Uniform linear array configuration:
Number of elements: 32
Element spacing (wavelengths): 0.25
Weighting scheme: blackman
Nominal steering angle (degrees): -45
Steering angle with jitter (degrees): -46.569
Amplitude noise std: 0.05
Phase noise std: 0.05

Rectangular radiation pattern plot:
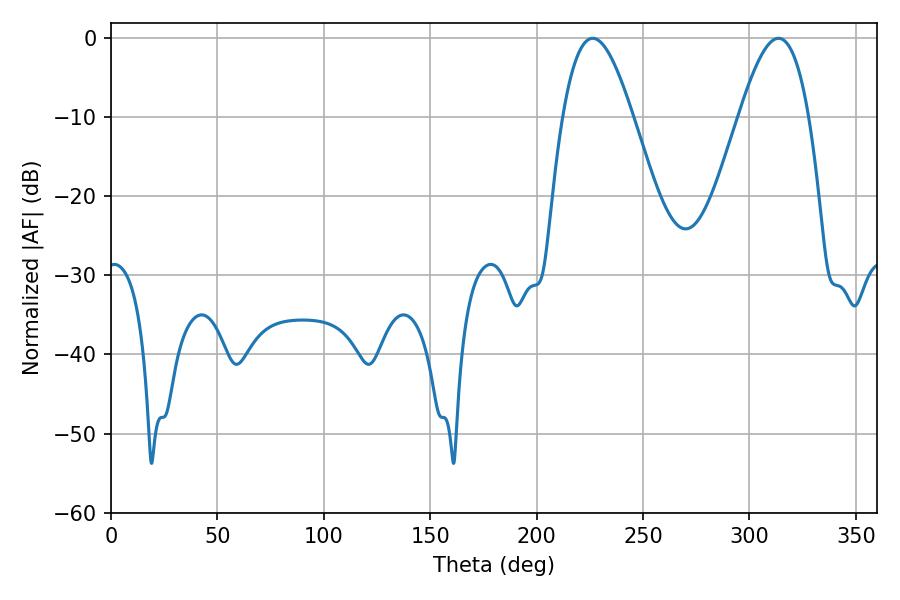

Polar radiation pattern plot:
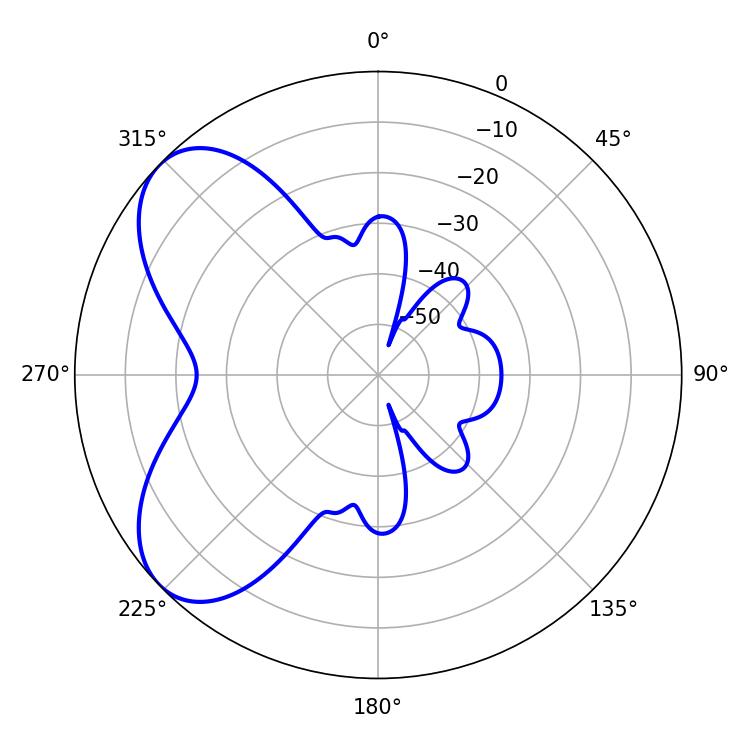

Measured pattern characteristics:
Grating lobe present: FALSE
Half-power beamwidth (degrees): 17.82
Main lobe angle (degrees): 226.26